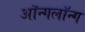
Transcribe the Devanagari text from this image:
ऑन्गलॉन्ग